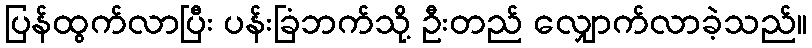
ပြန်ထွက်လာပြီး ပန်းခြံဘက်သို့ ဦးတည် လျှောက်လာခဲ့သည်။